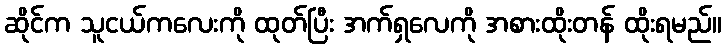
ဆိုင်က သူငယ်ကလေးကို ထုတ်ပြီး အက်ရှလေကို အစားထိုးတန် ထိုးရမည်။